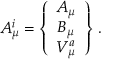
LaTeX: { \cal A } _ { \mu } ^ { i } = \left\{ \begin{array} { c c c } { { A _ { \mu } } } \\ { { B _ { \mu } } } \\ { { V _ { \mu } ^ { a } } } \end{array} \right\} \, .